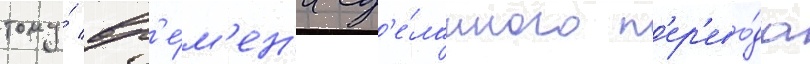
тому́ вр'е́м'ен'и сд'е́ланного п'ер'ево́да